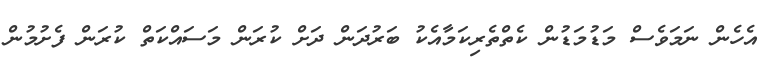
އެހެން ނަަމަވެސް މަޑުމަޑުން ކެތްތެރިކަމާއެކު ބަރުދަން ދަށް ކުރަން މަސައްކަތް ކުރަން ފެށުމުން